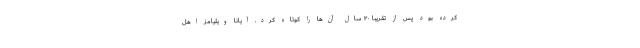
کرده بود پس از تقریبا ۳۰ سال آن‌ها را کوتاه کرد. آیانا ویلیامز اهل